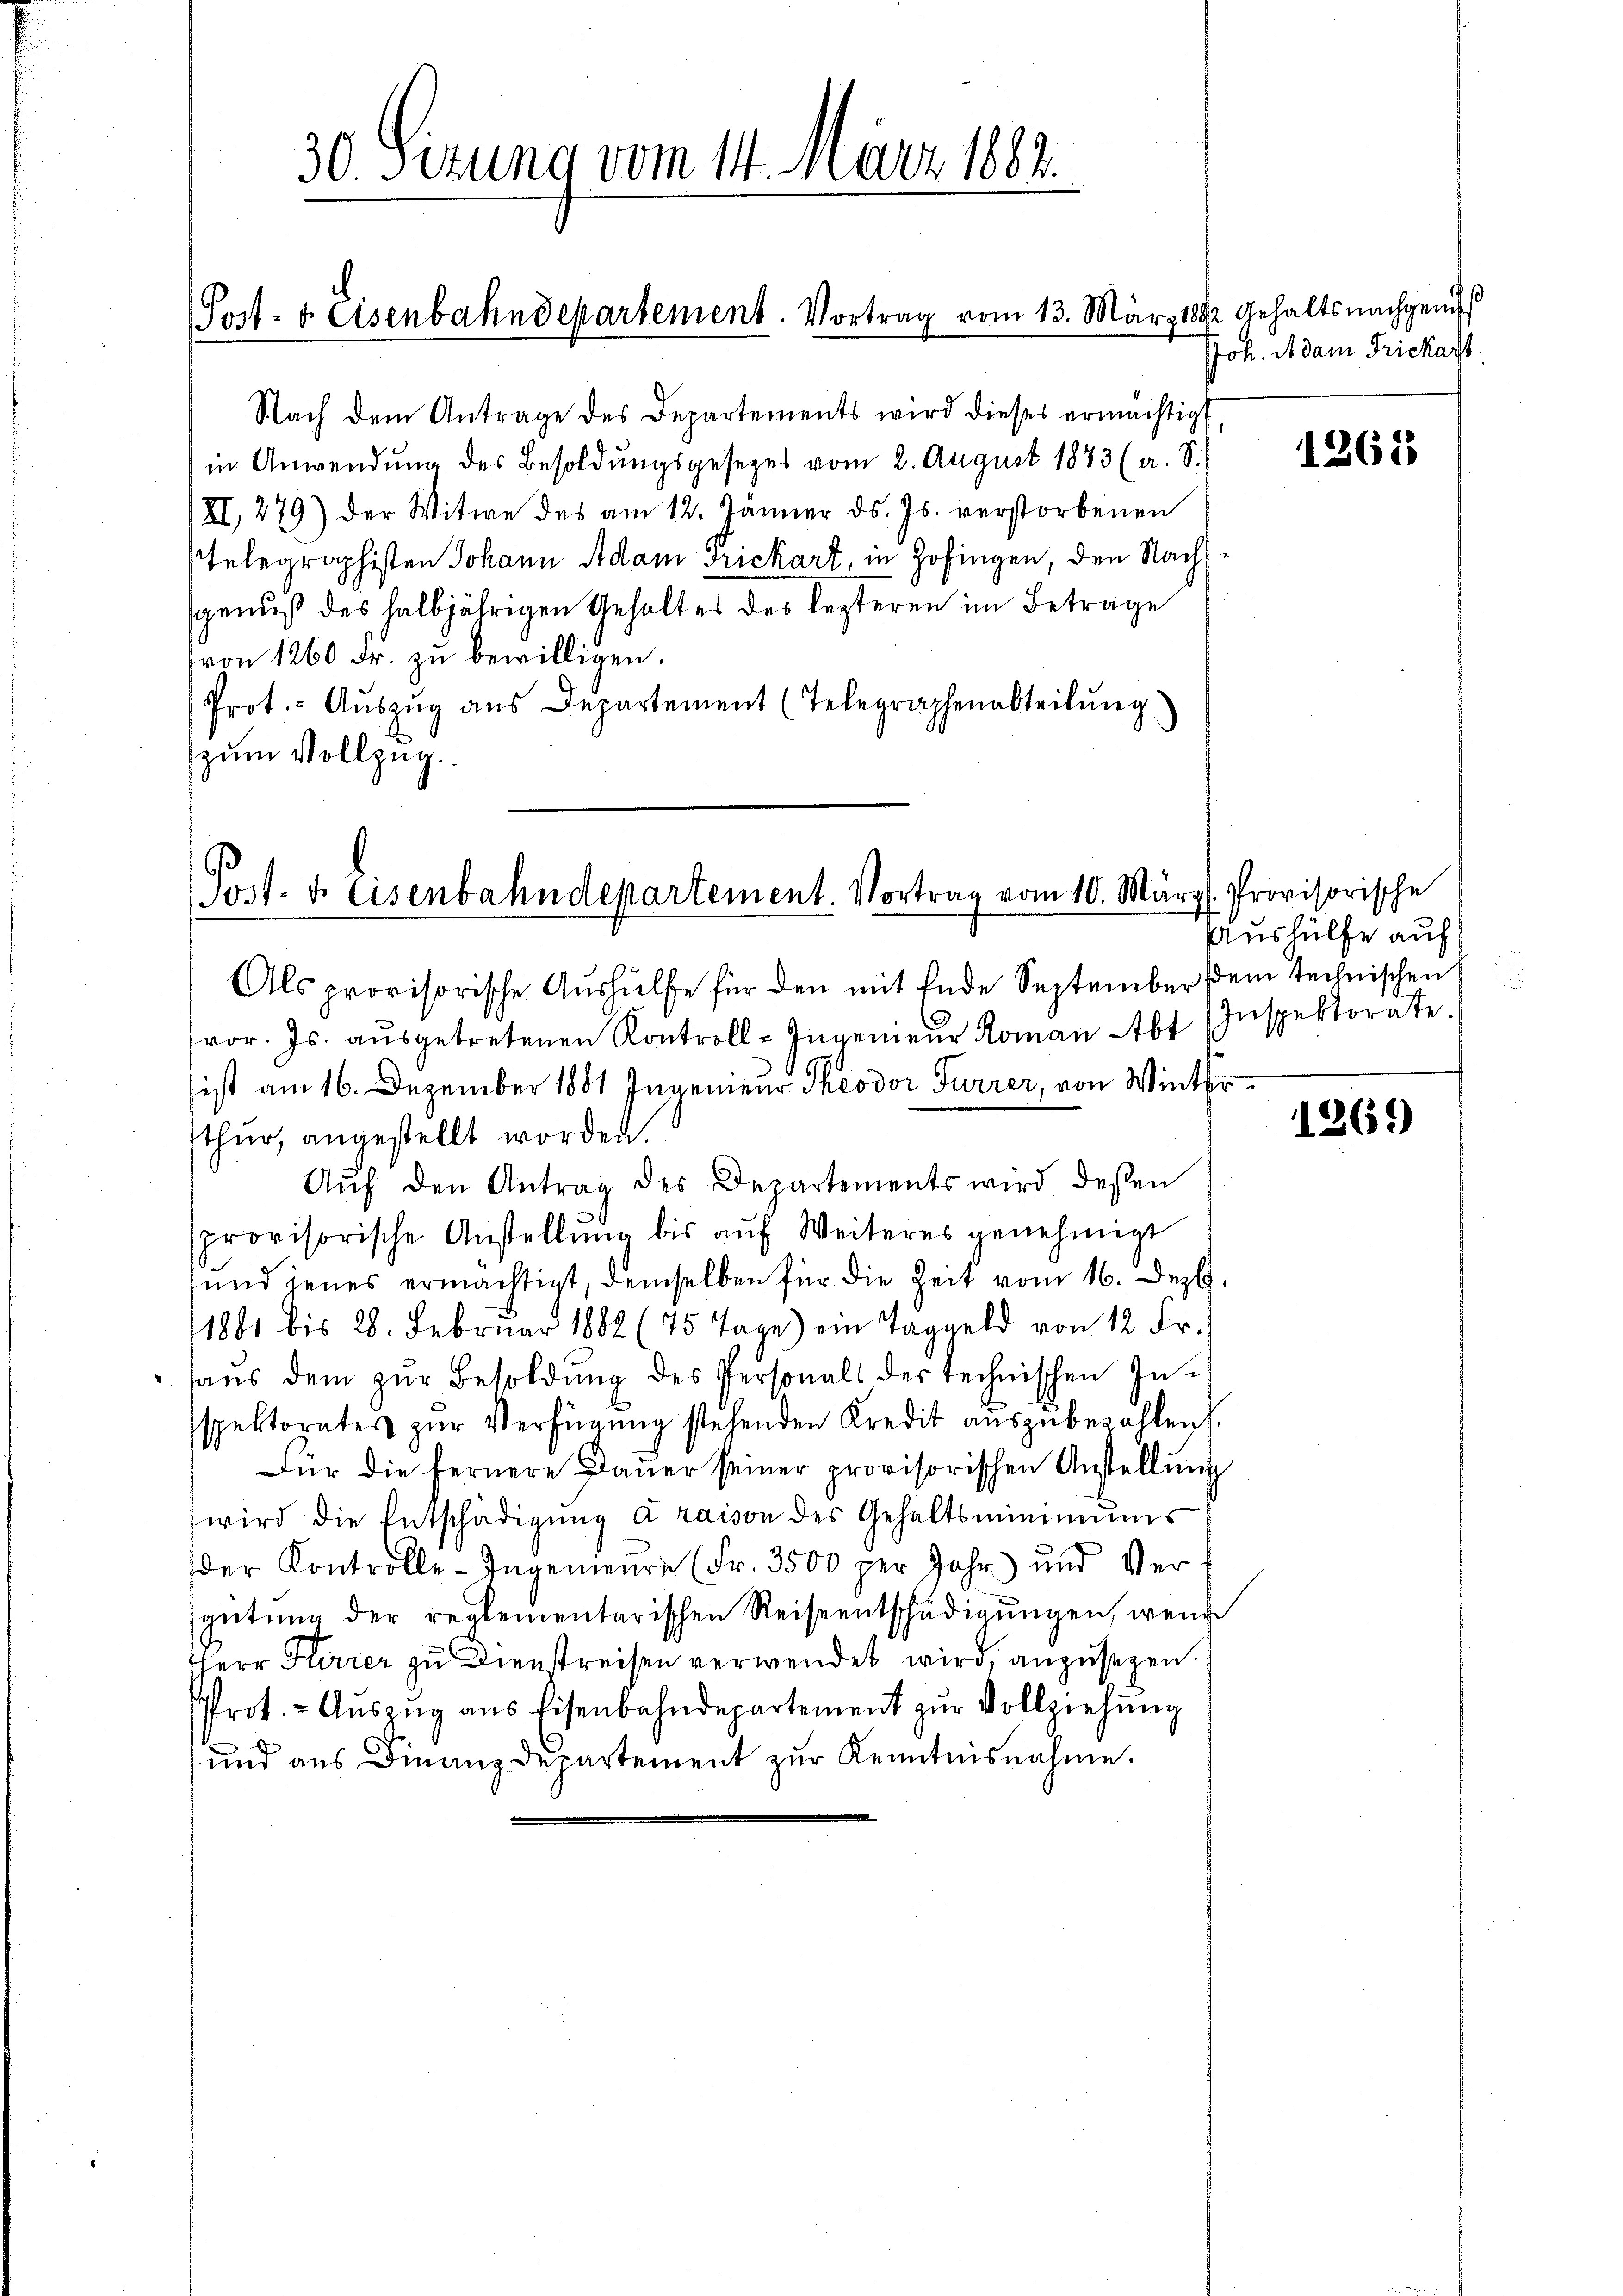
30. Sizung vom 14. März 1882.

Post- & Eisenbahndepartement. Vortrag vom 13. März 1882 Gehaltsnachgenu

Nach dem Antrage des Departements wird dieses ermächtigt
in Anwendung des Besoldungsgesezes vom 2. August 1873 (a. S.
XI, 279) der Witwe des am 12. Jänner ds. Js. verstorbenen
Telegraphisten Johann Adam Frickart, in Zofingen, den Nachgenuß des halbjährigen Gehaltes des lezteren im Betrage
von 1260 Fr. zu bewilligen.
Prot.- Aŭszŭg ans Departement (Telegraphenabteilŭng
zum Vollzug.

Post- & Eisenbahndepartement. Vortrag vom 10. März

Joh. Adam Frickart.

Als provisorische Aushülfe für den mit Ende September dem technischen
vor. Js. ausgetretenen Kontroll-Ingenieur Roman Abt
sist am 16. Dezember 1881 Ingenieur Theodor Furrer, von Winterthur, angestellt worden.
Aŭf den Antrag des Departements wird deßen
provisorische Anstellung bis auf Weiteres genehmigt
und jenes ermächtigt, demselben für die Zeit vom 16. Dez.
1881 bis 28. Febrŭar 1882 (75 Tage) ein Taggeld von 12 Fr.
aus dem zur Besoldung des Personals der technischen Insspektorates zŭr Verfügung stehenden Kredit aŭszŭbezahlen.
Für die fernere Dauer seiner provisorischen Anstellung
wird die Entschädigŭng a raison des Gehaltsminimums
der Kontrolle - Ingenieure (Fr. 3500 per Jahr) und Vergütung der reglementarischen Reiseentschädigungen, wenn
HHerr Herrer zu Dienstreisen verwendet wird, anzusezen.
Prot. - Aŭszŭg ans Eisenbahndepartement zŭr Vollziehŭng
und aus Finanzdepartement zur Kenntnisnahme.

1265

Provisorische
Aushülfe auf
Inspektorate.

1269)